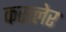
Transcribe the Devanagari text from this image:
कस्त्लेर